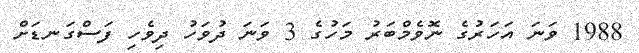
1988 ވަނަ އަހަރުގެ ނޮވެމްބަރު މަހުގެ 3 ވަނަ ދުވަހު ދިވެހި ފަސްގަނޑަށް